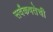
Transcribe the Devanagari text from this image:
सर्वंकषतेची